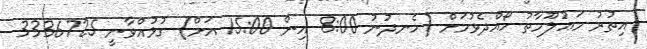
އިތުރު މަޢުލޫމާތު ހޯއްދެވުމަށް (ހެނދުނު 8:00 އިން 15:00 އަށް) ގުޅުއްވާނީ 3336725